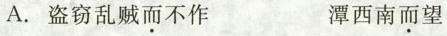
A. 盗窃乱贼而不作 潭西南而望